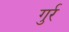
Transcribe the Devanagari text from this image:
गुर्र